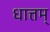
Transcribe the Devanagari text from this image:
धात्तम्‌